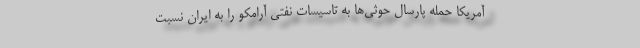
آمریکا حمله پارسال حوثی‌ها به تاسیسات نفتی آرامکو را به ایران نسبت